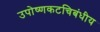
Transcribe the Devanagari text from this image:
उपोष्णकटचिबंधीय